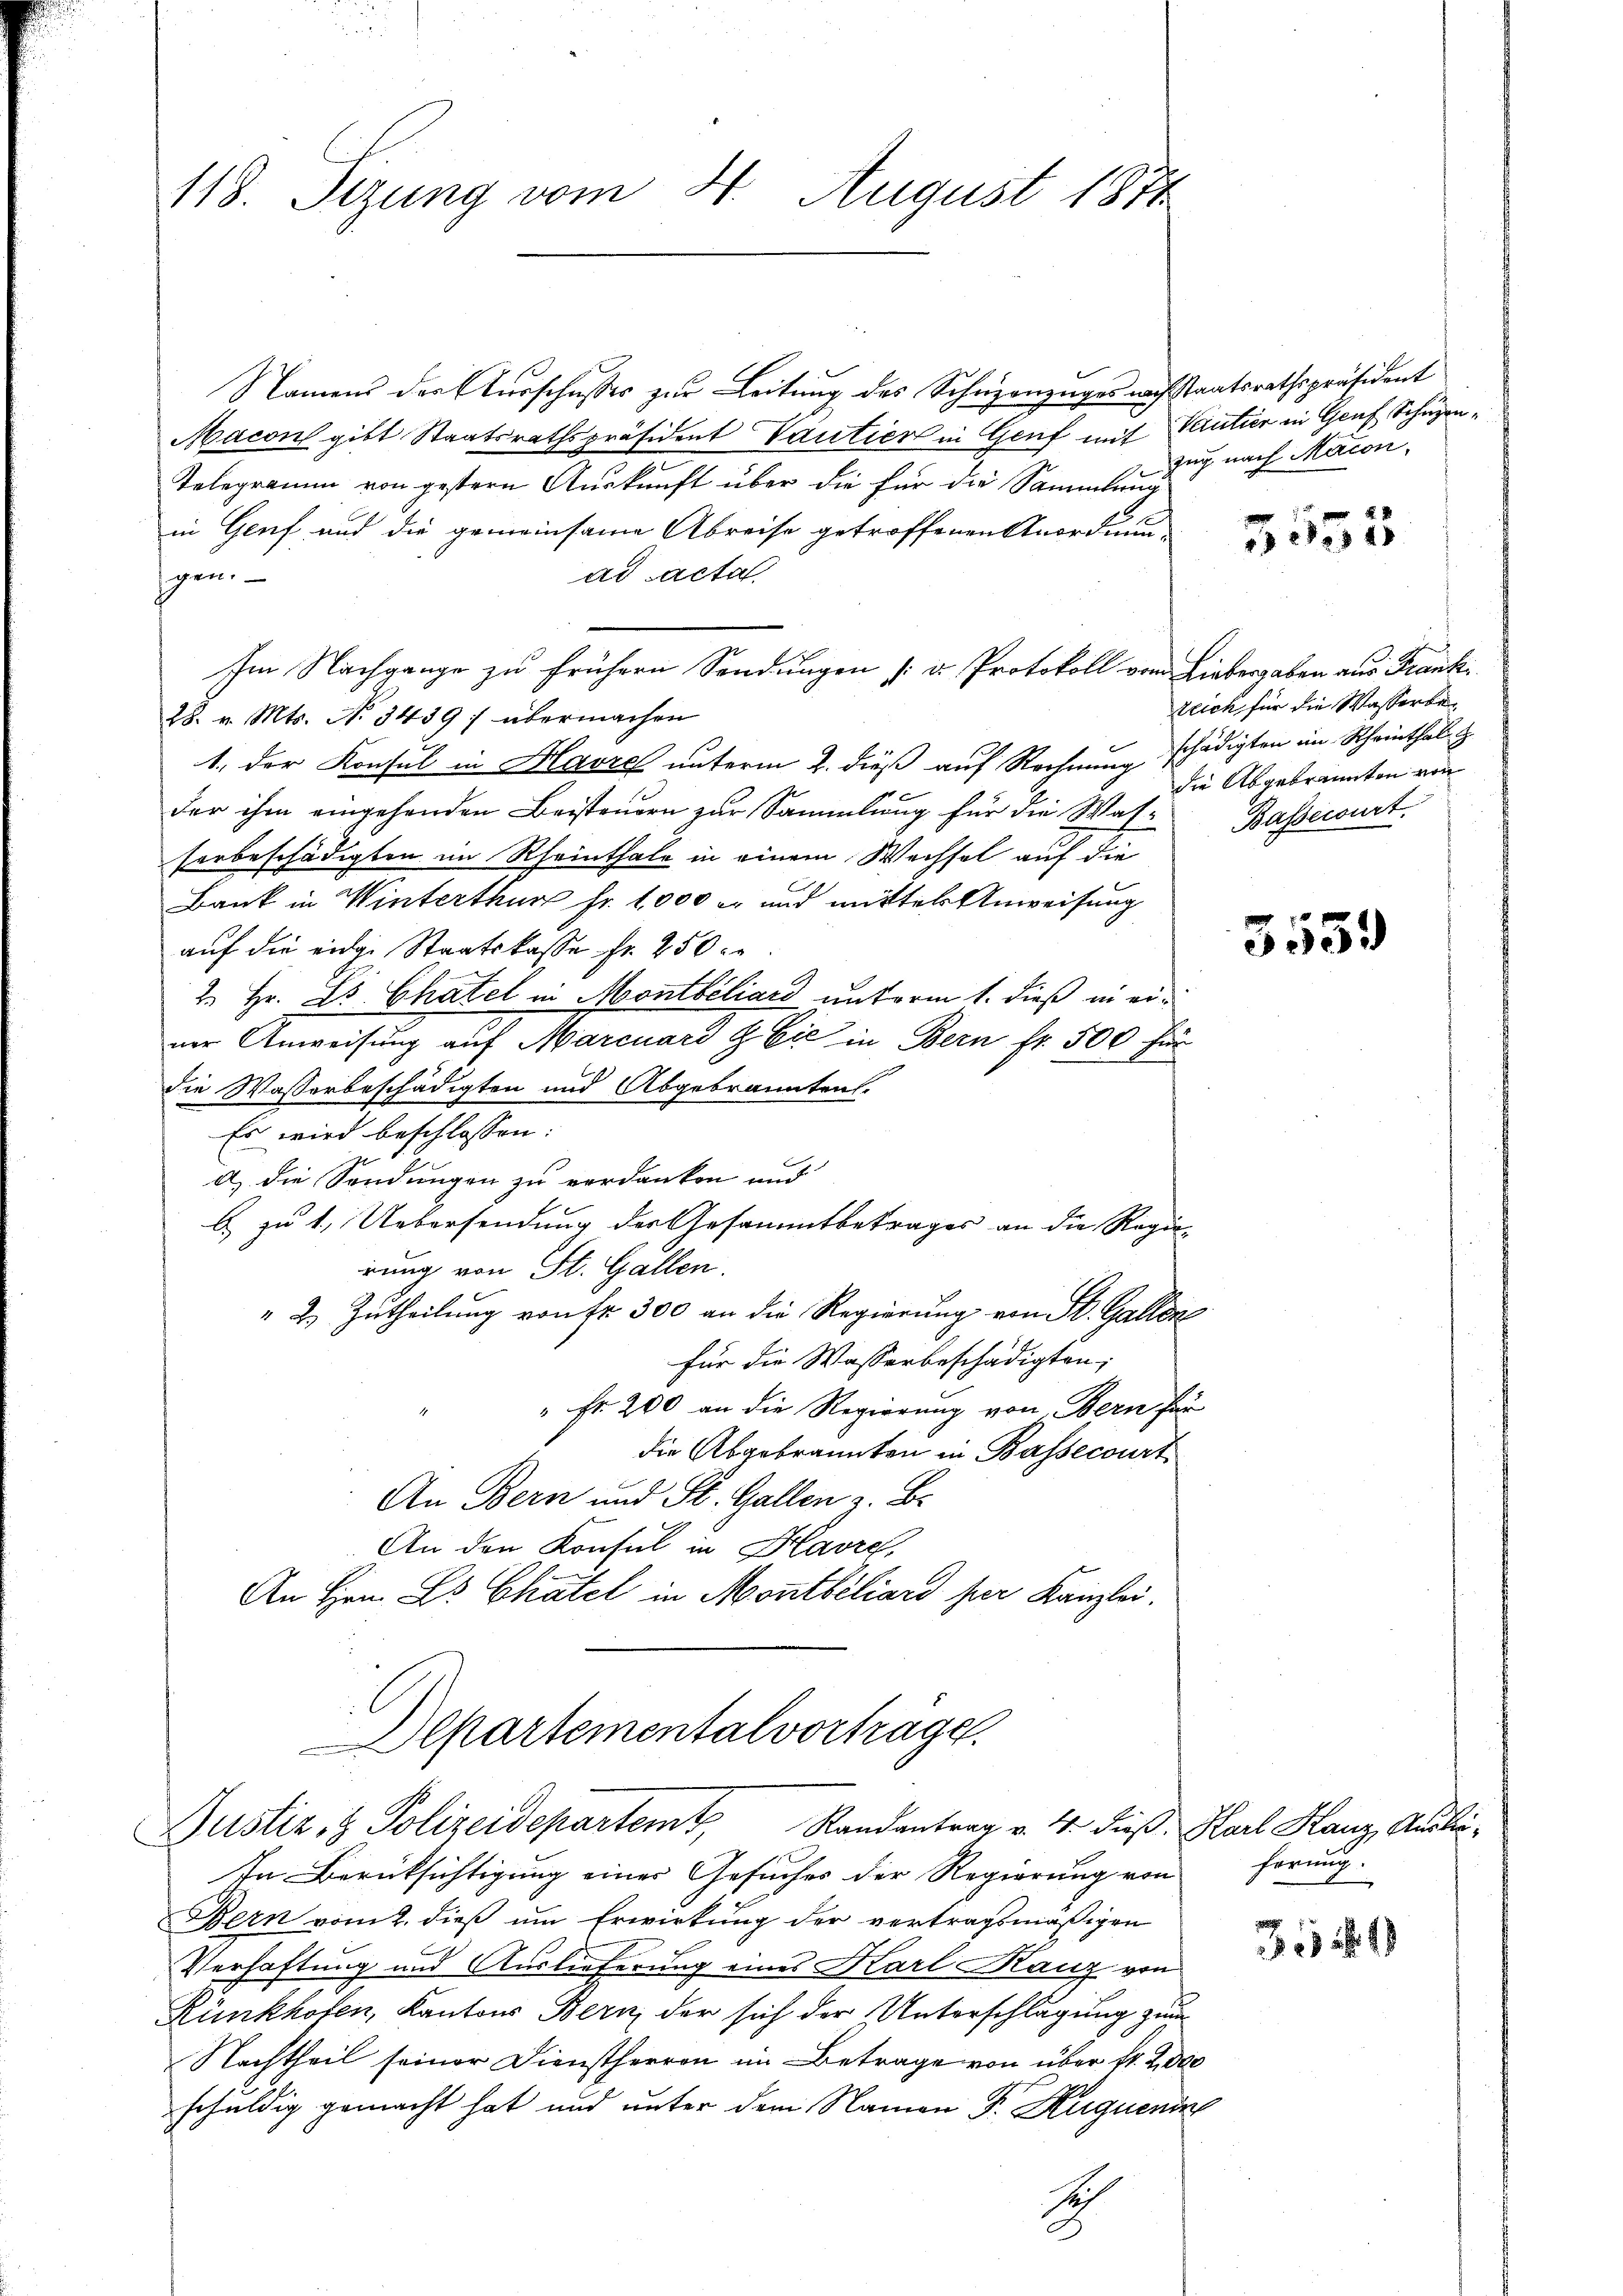
118. Sizung vom 4. August 1871

Justiz- & Polizeidepartemt, Randantrag v. 4. dieß Karl Hanz, Rusti¬

Namens der Ausschusses zur Leitung des Scheizenzuges nach Staatsrathspräsident
Macon gibt Staatsrathspräsident Vautier in Genf mit Ventier in Genf Schüzen¬
Telegramm von gestern Auskunft über die für die Sammlung
in Genf und die gemeinsame Abreise getroffenen Anordnung
gen.
ad acta
Im Nachgange zu frühern Sendungen [ u. Protokoll vom Liebergaben aus Franki
28. v. Mts. No. 3439 :/ übermachen
1. der Konsul in Havre unterm 2. dieß auf Rechnung schädigten im Scheinthal &
der ihm eingehenden Beisteuern zur Sammlung für die Was-
herbeschädigten im Rheinthale in einem Wechsel auf die
Bank in Winterthur fr. 1000 l. und mittels Anweisung
auf die eidge Staatskasse fr. 250
2. Hr. Es Chatel in Montbéliard unterm 1. dieß in einer Anweisung auf Marcuard & Cie in Bern fr. 500 für
die Wasserbeschädigten und Abgebrannten.
Es wird beschlossen:
d) die Sendungen zu verdanken und
b) zu 1. Uebersendung der Gesammtbetrages an die Regierung von St. Gallen.
" 2.) Zutheilung von Fr. 300 an die Regierung von St. Gallen
für die Wasserbeschädigten;
" Fr. 200 an die Regierung von Bern für
die Abgebrannten in Bassecourt
An Bern und St. Gallen z. B.
An den Konsul in Havre,
An Hrn. Es Chatel in Montbiliars per Kanzlei.
Departementalvortrage

zug nach Macon

In Berücksichtigung eines Gesuches der Regierung von Formung
Bern vom 2. dieß um Erwirkung der vertragsmäßigen
Verhaftung und Auslieferung eines Karl Kauz von
Rünkhofen, Kantons Bern der sich der Unterschlagung zum
Nachtheil seiner Dienstherren im Betrage von über fr. 200
schuldig gemacht hat und unter dem Namen Fr. Kuquenin
S

3553

zeich für die Wasserbedie Abgebrannten von
Bassecourt.

3559

111 18